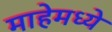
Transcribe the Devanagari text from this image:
माहेमध्ये